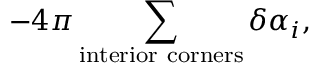
- 4 \pi \sum _ { \mathrm { i n t e r i o r ~ c o r n e r s } } \delta \alpha _ { i } ,